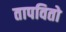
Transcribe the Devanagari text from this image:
तापवितो